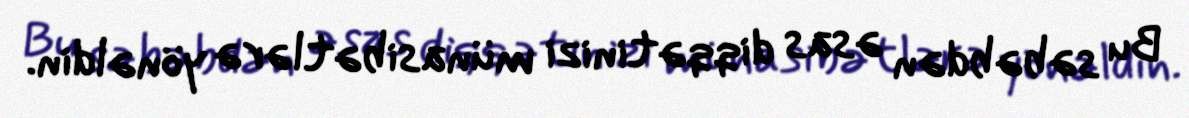
Bu səbəbdən əsas diqqətinizi münasibətlərə yönəldin.